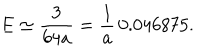
E \simeq \frac { 3 } { 6 4 a } = \frac { 1 } { a } \, 0 . 0 4 6 8 7 5 .